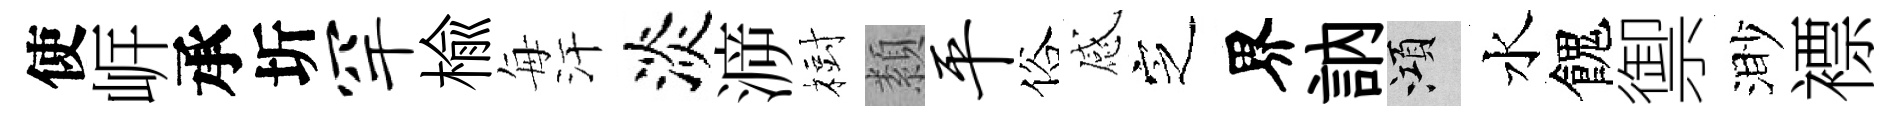
使㟁承圻罕榆每汗淡㴑𣗳纇平俗感㝎界訥澒水餽禦渺褾